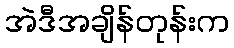
အဲဒီအချိန်တုန်းက